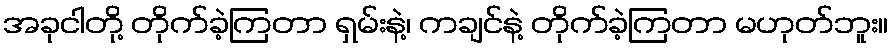
အခုငါတို့ တိုက်ခဲ့ကြတာ ရှမ်းနဲ့၊ ကချင်နဲ့ တိုက်ခဲ့ကြတာ မဟုတ်ဘူး။